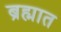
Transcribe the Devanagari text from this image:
ब्रह्मात